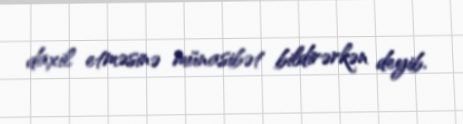
daxil etməsinə münasibət bildirərkən deyib.